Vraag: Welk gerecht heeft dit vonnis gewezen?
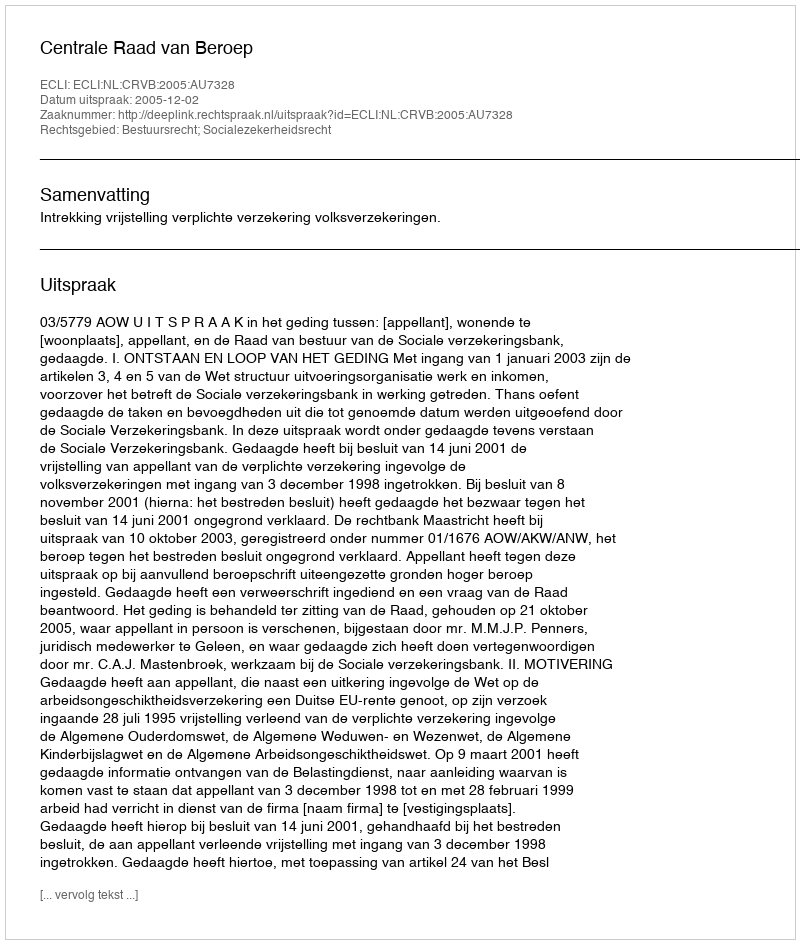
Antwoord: Centrale Raad van Beroep